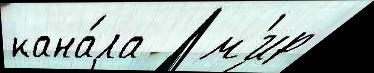
кана́ла   м'ир